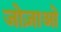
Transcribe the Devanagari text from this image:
जोज़ाओ